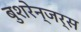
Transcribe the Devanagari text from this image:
बुशरेन्जर्स